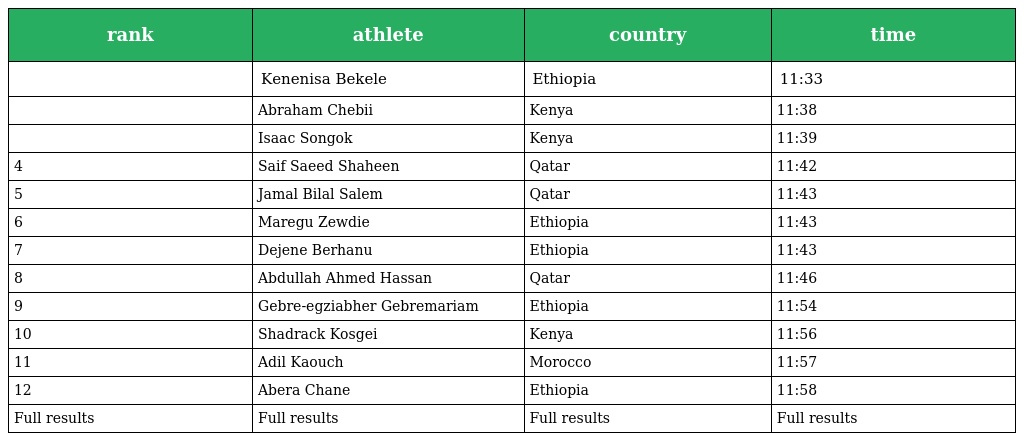
| rank | athlete | country | time |
 | --- | --- | --- | --- |
 |  | Kenenisa Bekele | Ethiopia | 11:33 |
 |  | Abraham Chebii | Kenya | 11:38 |
 |  | Isaac Songok | Kenya | 11:39 |
 | 4 | Saif Saeed Shaheen | Qatar | 11:42 |
 | 5 | Jamal Bilal Salem | Qatar | 11:43 |
 | 6 | Maregu Zewdie | Ethiopia | 11:43 |
 | 7 | Dejene Berhanu | Ethiopia | 11:43 |
 | 8 | Abdullah Ahmed Hassan | Qatar | 11:46 |
 | 9 | Gebre-egziabher Gebremariam | Ethiopia | 11:54 |
 | 10 | Shadrack Kosgei | Kenya | 11:56 |
 | 11 | Adil Kaouch | Morocco | 11:57 |
 | 12 | Abera Chane | Ethiopia | 11:58 |
 | Full results | Full results | Full results | Full results |